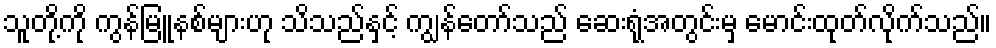
သူတို့ကို ကွန်မြူနစ်များဟု သိသည်နှင့် ကျွန်တော်သည် ဆေးရုံအတွင်းမှ မောင်းထုတ်လိုက်သည်။